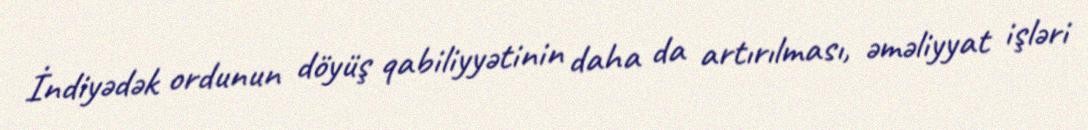
İndiyədək ordunun döyüş qabiliyyətinin daha da artırılması, əməliyyat işləri